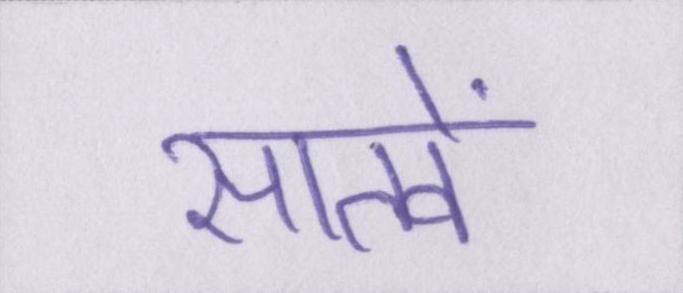
सातवें